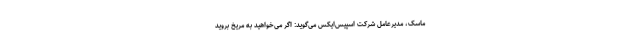
ماسک، مدیرعامل شرکت اسپیس‌ایکس می‌گوید: اگر می‌خواهید به مریخ بروید